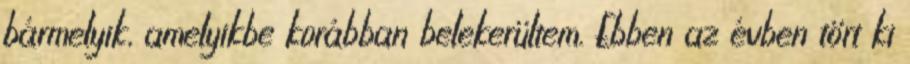
bármelyik, amelyikbe korábban belekerültem. Ebben az évben tört ki